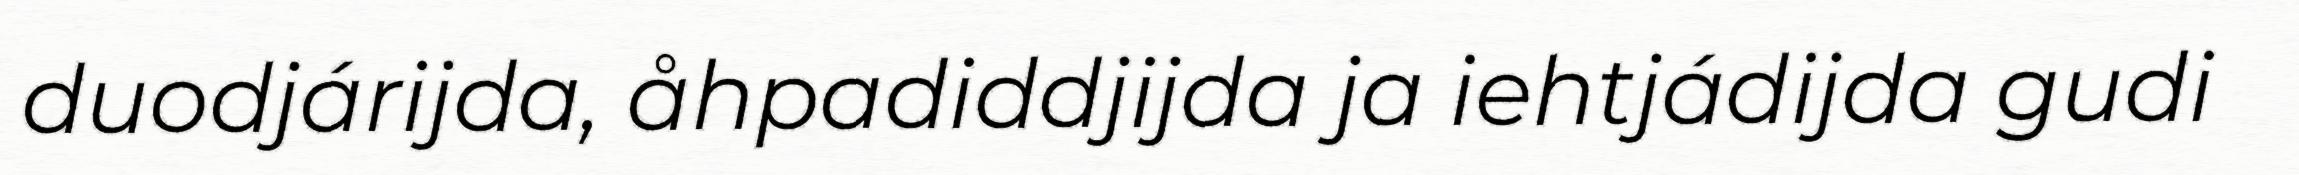
duodjárijda, åhpadiddjijda ja iehtjádijda gudi